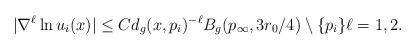
LaTeX: \begin{align*}|\nabla^\ell \ln u_i(x)| \leq Cd_g(x, p_i)^{-\ell} B_g(p_\infty,3r_0/4) \setminus \{p_i\} \ell = 1,2.\end{align*}